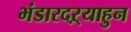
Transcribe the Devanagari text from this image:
भंडारदऱ्याहुन